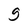
Character: g